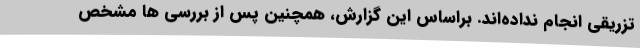
تزریقی انجام نداده‌اند. براساس این گزارش، همچنین پس از بررسی ها مشخص